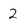
Character: 2